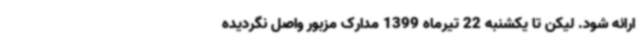
ارائه شود. لیکن تا یکشنبه 22 تیرماه 1399 مدارک مزبور واصل نگردیده